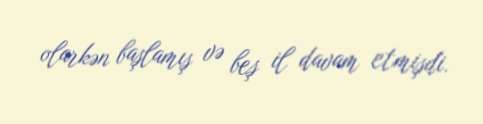
olarkən başlamış və beş il davam etmişdi.